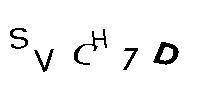
SVCH7D